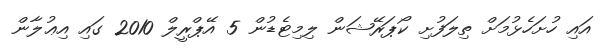
އައި ހުށަހެޅުމަށް ތިލަފުށި ކޯޕަރޭޝަން ލިމިޓެޑުން 5 އޭޕްރީލް 2010 ގައި އިޢުލާން